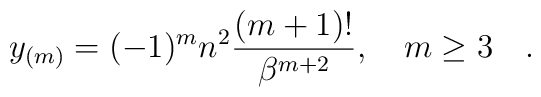
y_{(m)} = (-1)^m n^2 {{(m+1)! }\over{\beta^{m+2}}} , \quad m \ge 3 \quad .